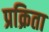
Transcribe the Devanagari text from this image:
प्रक्रिता